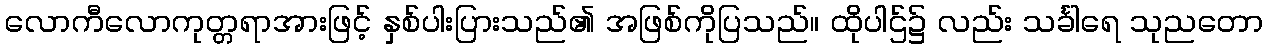
လောကီလောကုတ္တရာအားဖြင့် နှစ်ပါးပြားသည်၏ အဖြစ်ကိုပြသည်။ ထိုပါဌ်၌ လည်း သင်္ခါရေ သုညတော